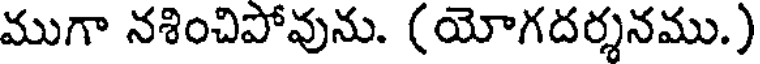
ముగా నశించిపోవును. (యోగదర్శనము.)